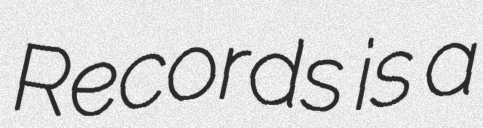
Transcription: Records is a